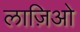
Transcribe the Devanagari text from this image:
लाज़िओ